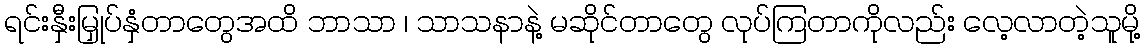
ရင်းနှီးမြှုပ်နှံတာတွေအထိ ဘာသာ ၊ သာသနာနဲ့ မဆိုင်တာတွေ လုပ်ကြတာကိုလည်း လေ့လာတဲ့သူမို့